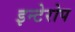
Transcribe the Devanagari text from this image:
इन्टेरोप